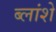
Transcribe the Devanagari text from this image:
ब्लांशे